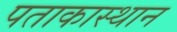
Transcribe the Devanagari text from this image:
पताकास्थान